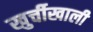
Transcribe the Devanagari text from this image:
खुर्चीखाली